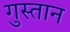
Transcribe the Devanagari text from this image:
गुस्तान